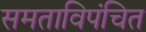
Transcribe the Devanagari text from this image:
समताविपंचित